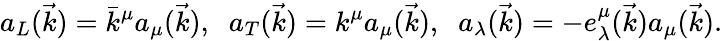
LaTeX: a_{L}(\vec{k})=\bar{k}^{\mu}a_{\mu}(\vec{k}),\; \; a_{T}(\vec{k})=k^{\mu}a_{\mu}(\vec{k}),\; \; a_{\lambda}(\vec{k})=-e_{\lambda}^{\mu}(\vec{k})a_{\mu}(\vec{k}).